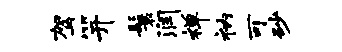
驾笄鬟润禅衲可砂